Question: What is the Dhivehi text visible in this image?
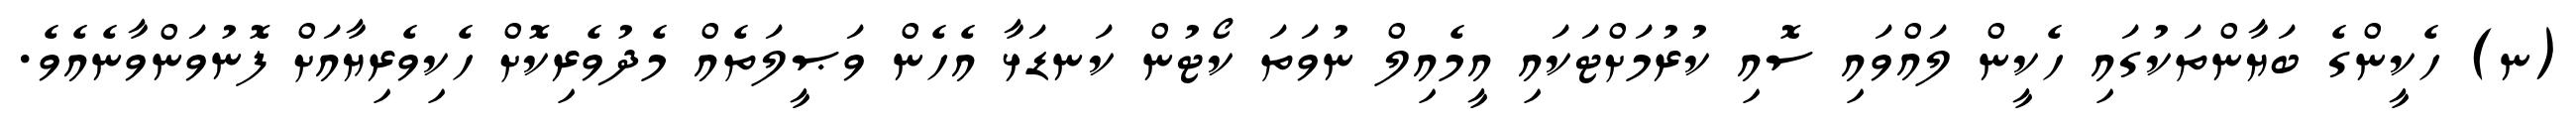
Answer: (ނ) ހެކީންގެ ބަޔާންތަކުގައި ހެކީން ލައްވައި ސޮއި ކުރުމަށްޓަކައި އީމެއިލް ނުވަތަ ކޯޓުން ކަނޑަޅާ އެހެން ވަޞީލަތެއް މެދުވެރިކޮށް ހެކިވެރިޔާއަށް ފޮނުވަންވާނެއެވެ.